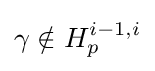
\gamma \notin H_{p}^{i-1,i}